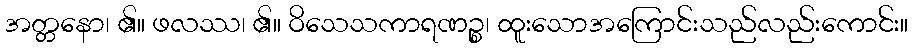
အတ္တနော၊ ၏။ ဖလဿ၊ ၏။ ဝိသေသကာရဏဉ္စ၊ ထူးသောအကြောင်းသည်လည်းကောင်း။